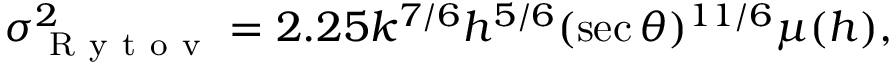
\sigma _ { \mathrm { ~ R ~ y ~ t ~ o ~ v ~ } } ^ { 2 } = 2 . 2 5 k ^ { 7 / 6 } h ^ { 5 / 6 } ( \sec \theta ) ^ { 1 1 / 6 } \mu ( h ) ,